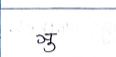
मजकूर: ञु